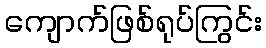
ကျောက်ဖြစ်ရုပ်ကြွင်း